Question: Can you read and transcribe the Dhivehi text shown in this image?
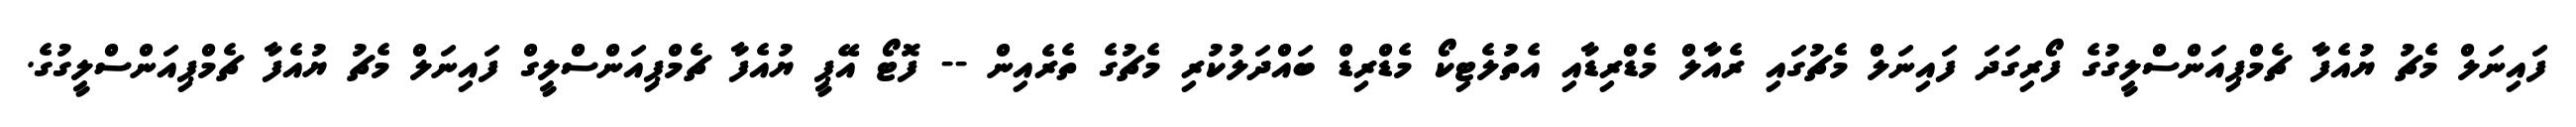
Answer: ފައިނަލް މެޗު ޔުއެފާ ޗެމްޕިއަންސްލީގުގެ ފޯރިގަދަ ފައިނަލް މެޗުގައި ރެއާލް މެޑްރިޑާއި އެތުލެޓިކޯ މެޑްރިޑް ބައްދަލުކުރި މެޗުގެ ތެރެއިން -- ފޮޓޯ އޭޕީ ޔުއެފާ ޗެމްޕިއަންސްލީގް ފައިނަލް މެޗު ޔުއެފާ ޗެމްޕިއަންސްލީގުގެ.